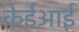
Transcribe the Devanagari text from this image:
केईआई